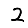
Digit: 2